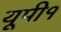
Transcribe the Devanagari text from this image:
यूपी१